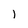
Character: J